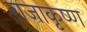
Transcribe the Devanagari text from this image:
राजाकृष्ण